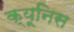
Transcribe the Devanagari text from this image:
क्यूनिस